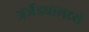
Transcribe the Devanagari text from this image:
अजेंड्यामध्ये